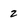
Character: 2